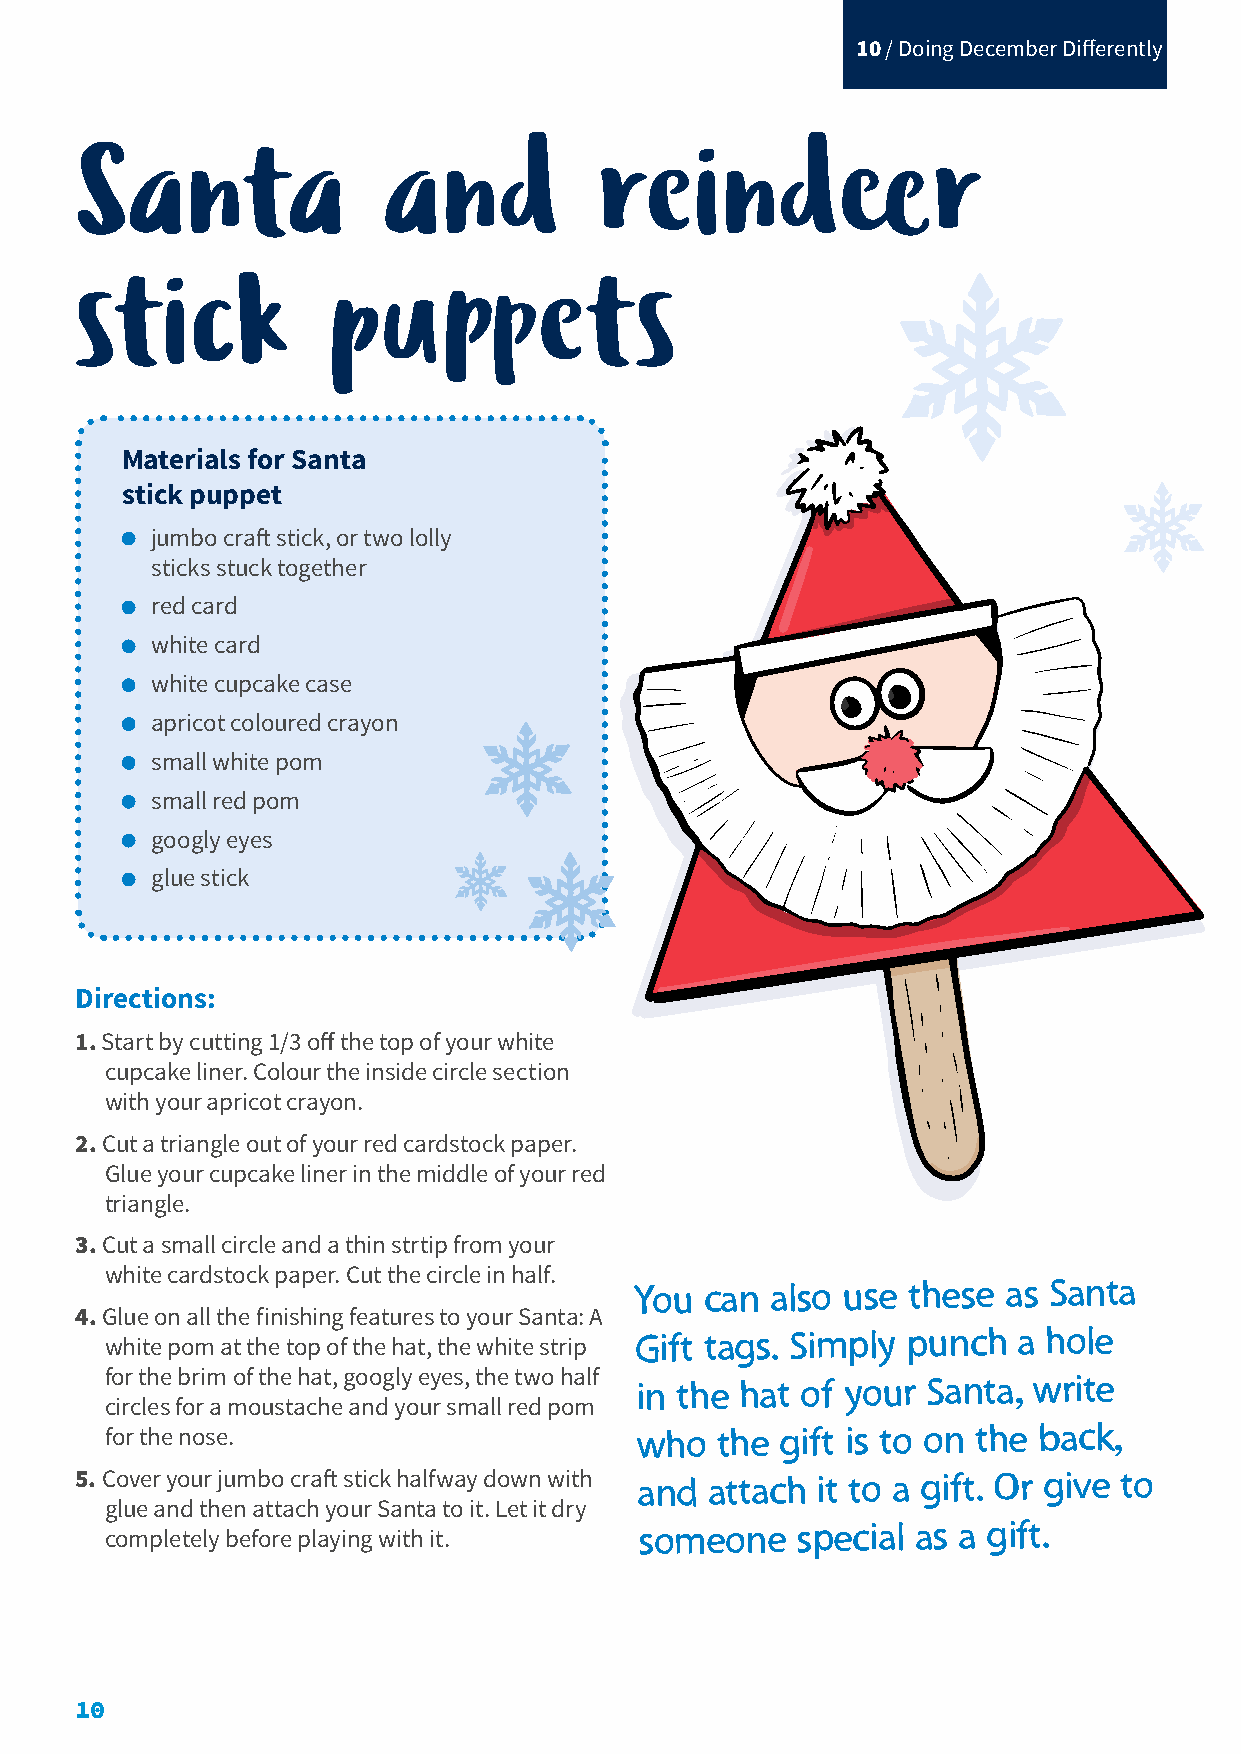
10 / Doing December Differently
 Santa               and            reindeer
 stick            puppets
 Materials for Santa
 stick puppet
 jumbo craft stick, or two lolly
 sticks stuck together
 red card
 white card
 white cupcake case
 apricot coloured crayon
 small white pom
 small red pom
 googly eyes
 glue stick
 Directions:
 1. Start by cutting 1/3 off the top of your white
 cupcake liner. Colour the inside circle section
 with your apricot crayon.
 2. Cut a triangle out of your red cardstock paper.
 Glue your cupcake liner in the middle of your red
 triangle.
 3. Cut a small circle and a thin strtip from your
 white cardstock paper. Cut the circle in half.
 You  can also use these  as Santa
 4. Glue on all the finishing features to your Santa: A
 Gift tags. Simply punch  a hole
 white pom at the top of the hat, the white strip
 for the brim of the hat, googly eyes, the two half in the hat of your Santa, write
 circles for a moustache and your small red pom
 for the nose.                      who  the  gift is to on the back,
 5. Cover your jumbo craft stick halfway down with and attach it to a gift. Or give to
 glue and then attach your Santa to it. Let it dry
 completely before playing with it.
 someone    special as a gift.
 10